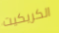
الكريكيت